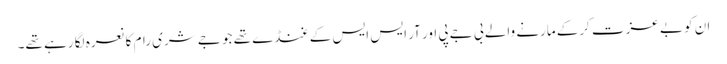
ان کو بے عزت کرکے مارنے والے بی جے پی اور آر ایس ایس کے غنڈے تھے جو جے شری رام کا نعرہ لگا رہے تھے۔